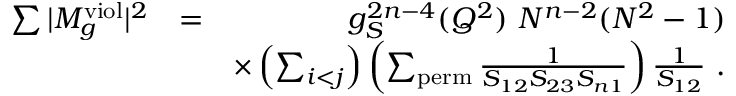
\begin{array} { r l r } { \sum \vert M _ { g } ^ { \mathrm { v i o l } } \vert ^ { 2 } } & { = } & { g _ { S } ^ { 2 n - 4 } ( Q ^ { 2 } ) ~ N ^ { n - 2 } ( N ^ { 2 } - 1 ) } \\ & { } & { \times \left( \sum _ { i < j } \right) \left( \sum _ { \mathrm { p e r m } } \frac { 1 } { S _ { 1 2 } S _ { 2 3 } S _ { n 1 } } \right) \frac { 1 } { S _ { 1 2 } } ~ . } \end{array}